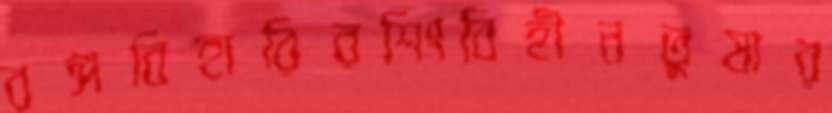
বঙ্গবিহারিরশিংবিহীনতুষার